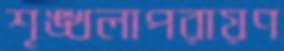
শৃঙ্খলাপরায়ণ